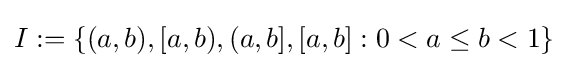
I:=\{(a,b),[a,b),(a,b],[a,b]:0<a\leq b<1\}